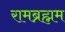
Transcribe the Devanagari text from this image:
रामब्रह्मम